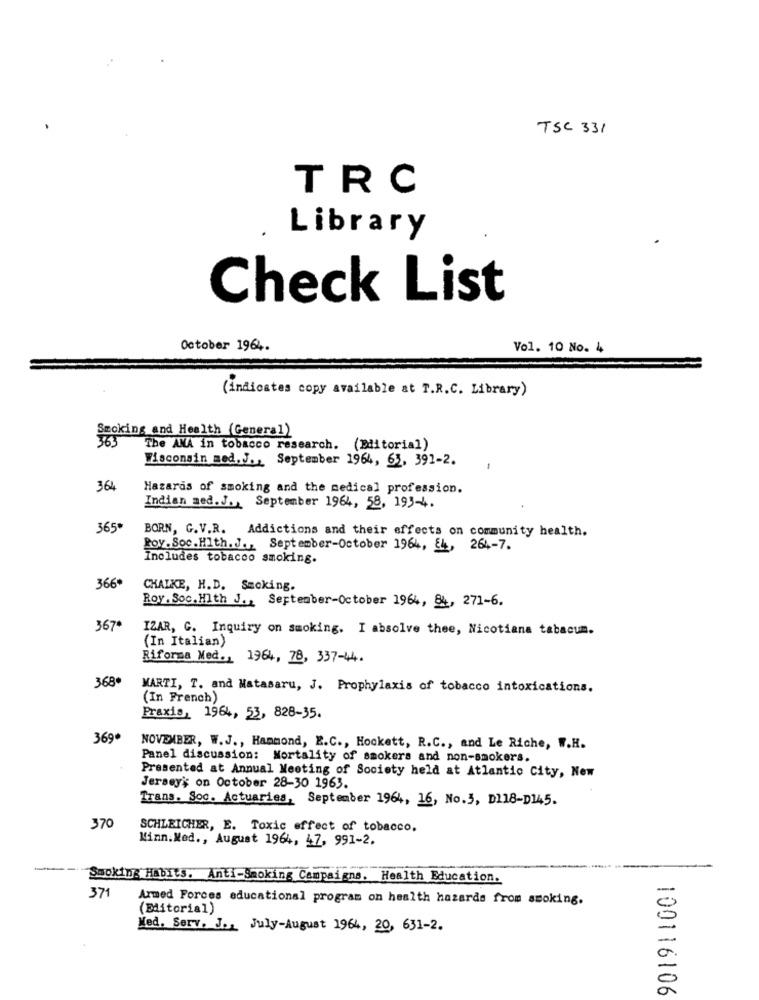
TSC 331
TRC
Library
Check List
October 1964.
Vol. 10 No. 4
(indicates copy available at T.R.C. Library)
Smoking and Health (General)
The ANA in tobacco research. (Diitorial)
Wisconsin med. J ., September 1964, 63, 391-2.
364
Hazards of smoking and the medical profession.
Indian med.J. September 1964, 58, 193-4.
365
BORN, G.V.R. Addictions and their effects on community health.
Roy. Soc.Hlth. J ., September-October 1964, E4, 264-7.
Includes tobacco smoking.
366*
CHALKE, H.D. Smoking.
Roy . Soc. Hlth J ., September-October 1964, &4, 271-6.
367
IZAR, C. Inquiry on smoking. I absolve thee, Nicotiana tabacum.
(In Italian)
Riforma Med ., 1964, 78, 337-44.
368
MARTI, T. and Matasaru, J. Prophylaxis of tobacco intoxications.
(In French)
Praxis, 1964, 53, 828-35.
369*
NOVEMBER, W.J ., Hammond, E.C ., Hockett, R.C ., and Le Riche, W.H.
Panel discussion: Mortality of smokers and non-smokers.
Presented at Annual Meeting of Society held at Atlantic City, New
Jersey' on October 28-30 1963.
Trans. Soc. Actuaries, September 1964, 16, No.3, D118-D145.
370
SCHLEICHER, E. Toxic effect of tobacco.
Kinn.Med ., August 1964, 47, 991-2.
Smoking Habits. Anti-Smoking Campaigns. Health Education.
371
Armed Forces educational program on health hazards from smoking.
(Editorial)
Med. Serv. J ., July-August 1964, 20, 631-2.
100116106